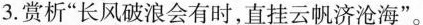
3.赏析”长风破浪会有时，直挂云帆济沧海”。